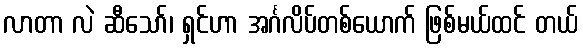
လာတာ လဲ ဆီသော်၊ ရှင်ဟာ အင်္ဂလိပ်တစ်ယောက် ဖြစ်မယ်ထင် တယ်